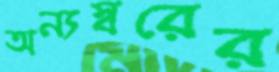
অন্যস্বরের